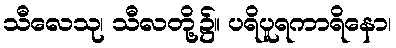
သီလေသု၊ သီလတို့၌။ ပရိပူရကာရိနော၊